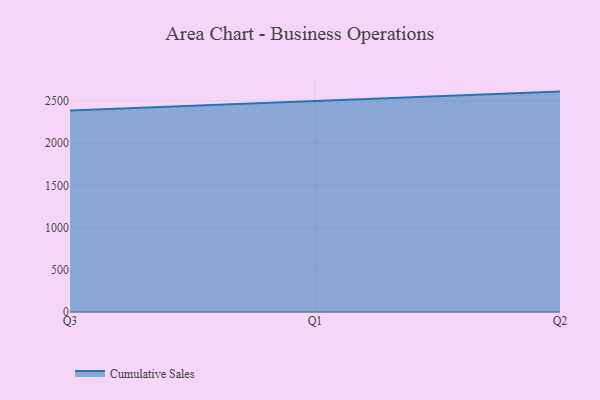
{"axis": {"x": "Quarter", "y": "Shipments"}, "legend": ["Cumulative Sales"], "data": [{"x": "Q3", "y": 2385.5, "type": "Cumulative Sales"}, {"x": "Q1", "y": 2501.3, "type": "Cumulative Sales"}, {"x": "Q2", "y": 2609.8, "type": "Cumulative Sales"}]}